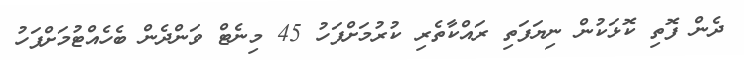
ދެން ފޮތި ކޮޅަކުން ނިޔަފަތި ރައްކާތެރި ކުރުމަށްފަހު 45 މިނެޓް ވަންދެން ބެހެއްޓުމަށްފަހު